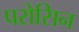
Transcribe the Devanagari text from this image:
परोसिन